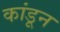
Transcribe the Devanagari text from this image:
कांडून